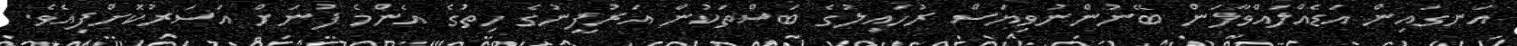
އަނގައިން އަޑެއްލައްވާލަން ބޭނުންނުވިޔަސް ރުހައިލުގެ ބަސްތަކުން އަރުފީނުގެ ހިތުގެ އެންމެ ފުނަށް އަސަރުކޮށްފިއެވެ.